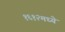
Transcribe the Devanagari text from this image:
१६१२मध्ये